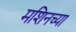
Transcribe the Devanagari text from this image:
मशिनच्या